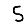
Digit: 5